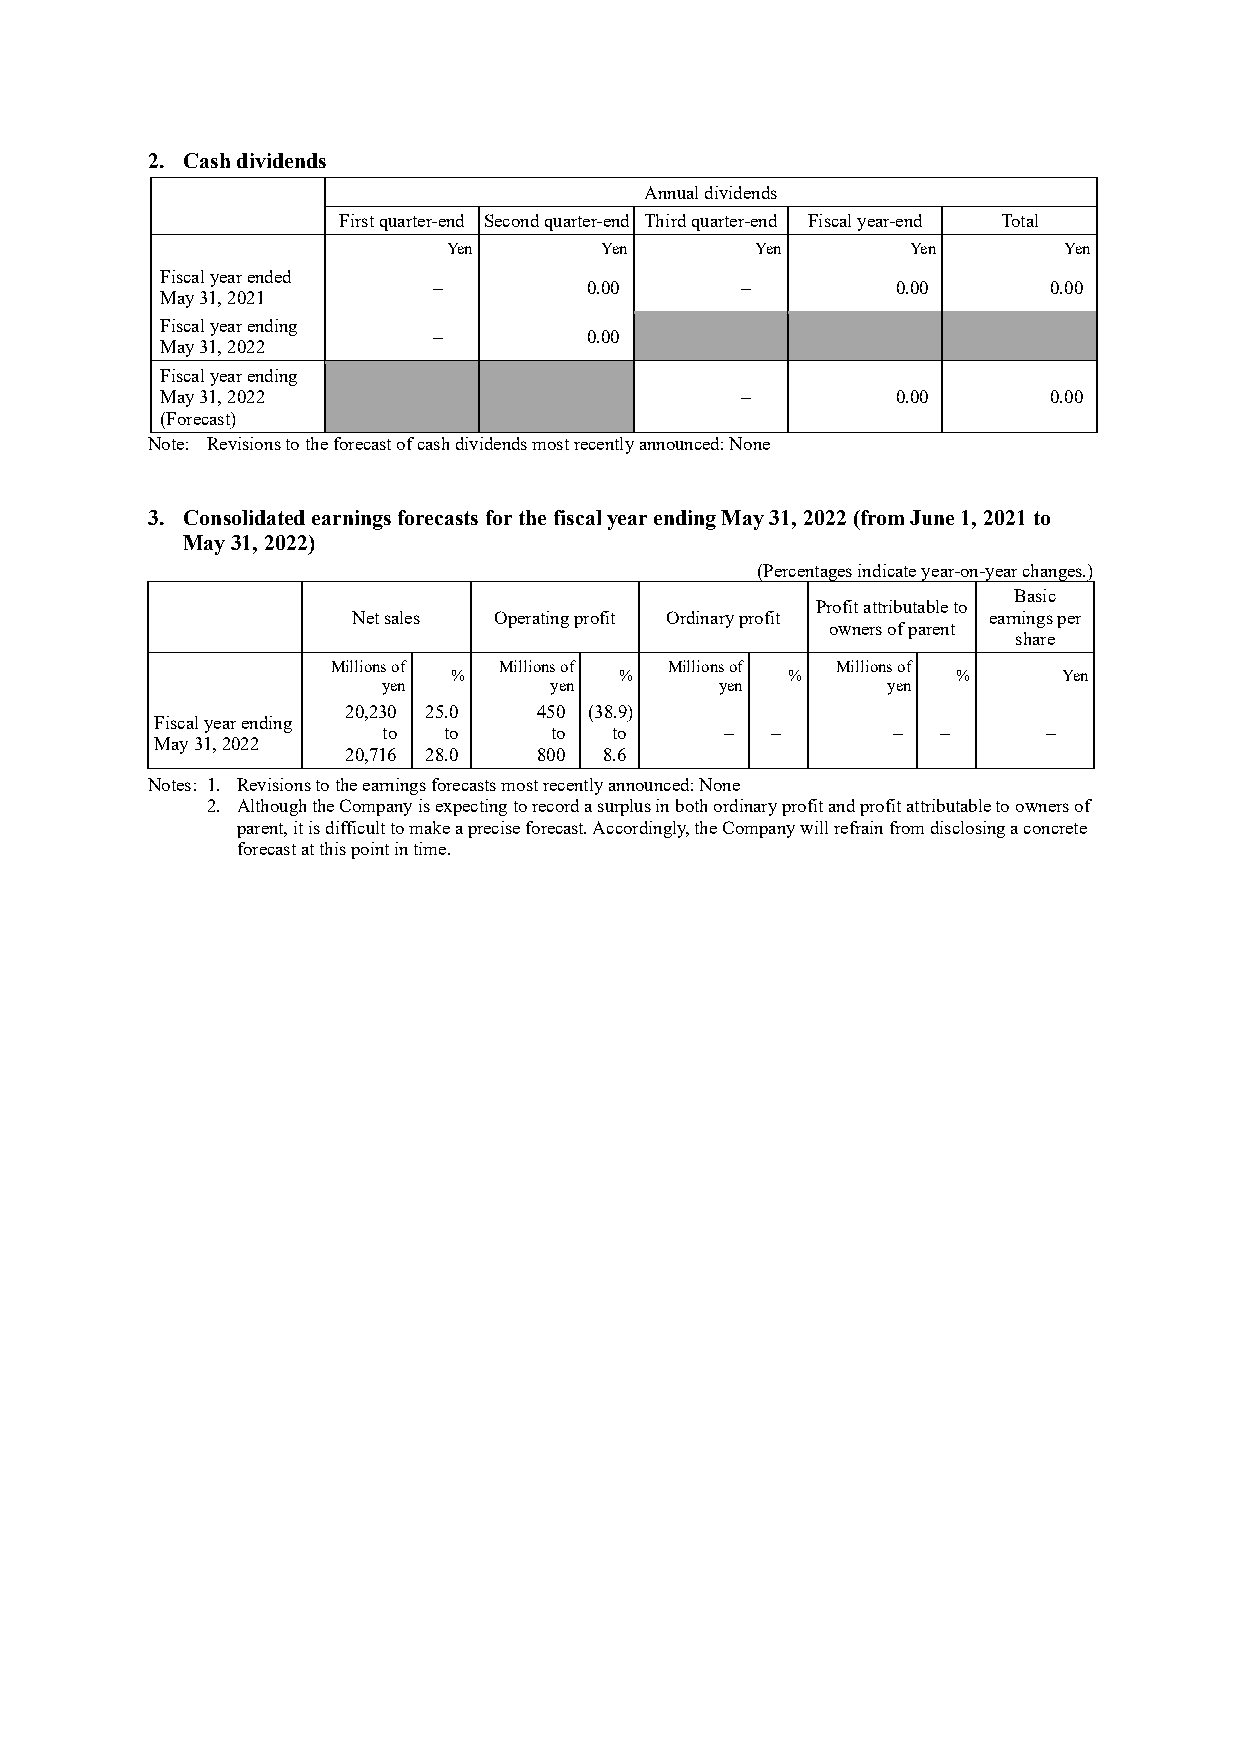
2. Cash dividends
 Annual dividends
 First quarter-end Second quarter-end Third quarter-end Fiscal year-end Total
 Yen       Yen       Yen       Yen       Yen
 Fiscal year ended
 –         0.00      –         0.00      0.00
 May 31, 2021
 Fiscal year ending
 –         0.00
 May 31, 2022
 Fiscal year ending
 May 31, 2022                          –         0.00      0.00
 (Forecast)
 Note: Revisions to the forecast of cash dividends most recently announced: None
 3. Consolidated earnings forecasts for the fiscal year ending May 31, 2022 (from June 1, 2021 to
 May 31, 2022)
 (Percentages indicate year-on-year changes.)
 Basic
 Profit attributable to
 Net sales Operating profit Ordinary profit earnings per
 owners of parent
 share
 Millions of Millions of Millions of Millions of
 %          %          %          %      Yen
 yen        yen         yen        yen
 20,230 25.0  450 (38.9)
 Fiscal year ending
 to  to     to   to     –  –       –  –      –
 May 31, 2022
 20,716 28.0  800 8.6
 Notes: 1. Revisions to the earnings forecasts most recently announced: None
 2. Although the Company is expecting to record a surplus in both ordinary profit and profit attributable to owners of
 parent, it is difficult to make a precise forecast. Accordingly, the Company will refrain from disclosing a concrete
 forecast at this point in time.